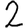
Digit: 2